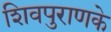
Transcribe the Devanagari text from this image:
शिवपुराणके